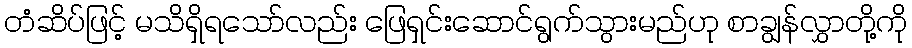
တံဆိပ်ဖြင့် မသိရှိရသော်လည်း ဖြေရှင်းဆောင်ရွက်သွားမည်ဟု စာချွန်လွှာတို့ကို